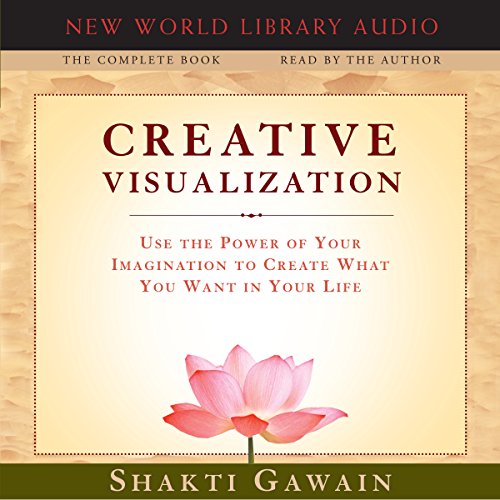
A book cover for Creative Visualization; Shakti Gawain; Self-Help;